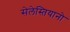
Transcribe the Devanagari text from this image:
सेलेस्तियानो